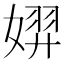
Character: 𫱐